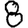
Digit: 8